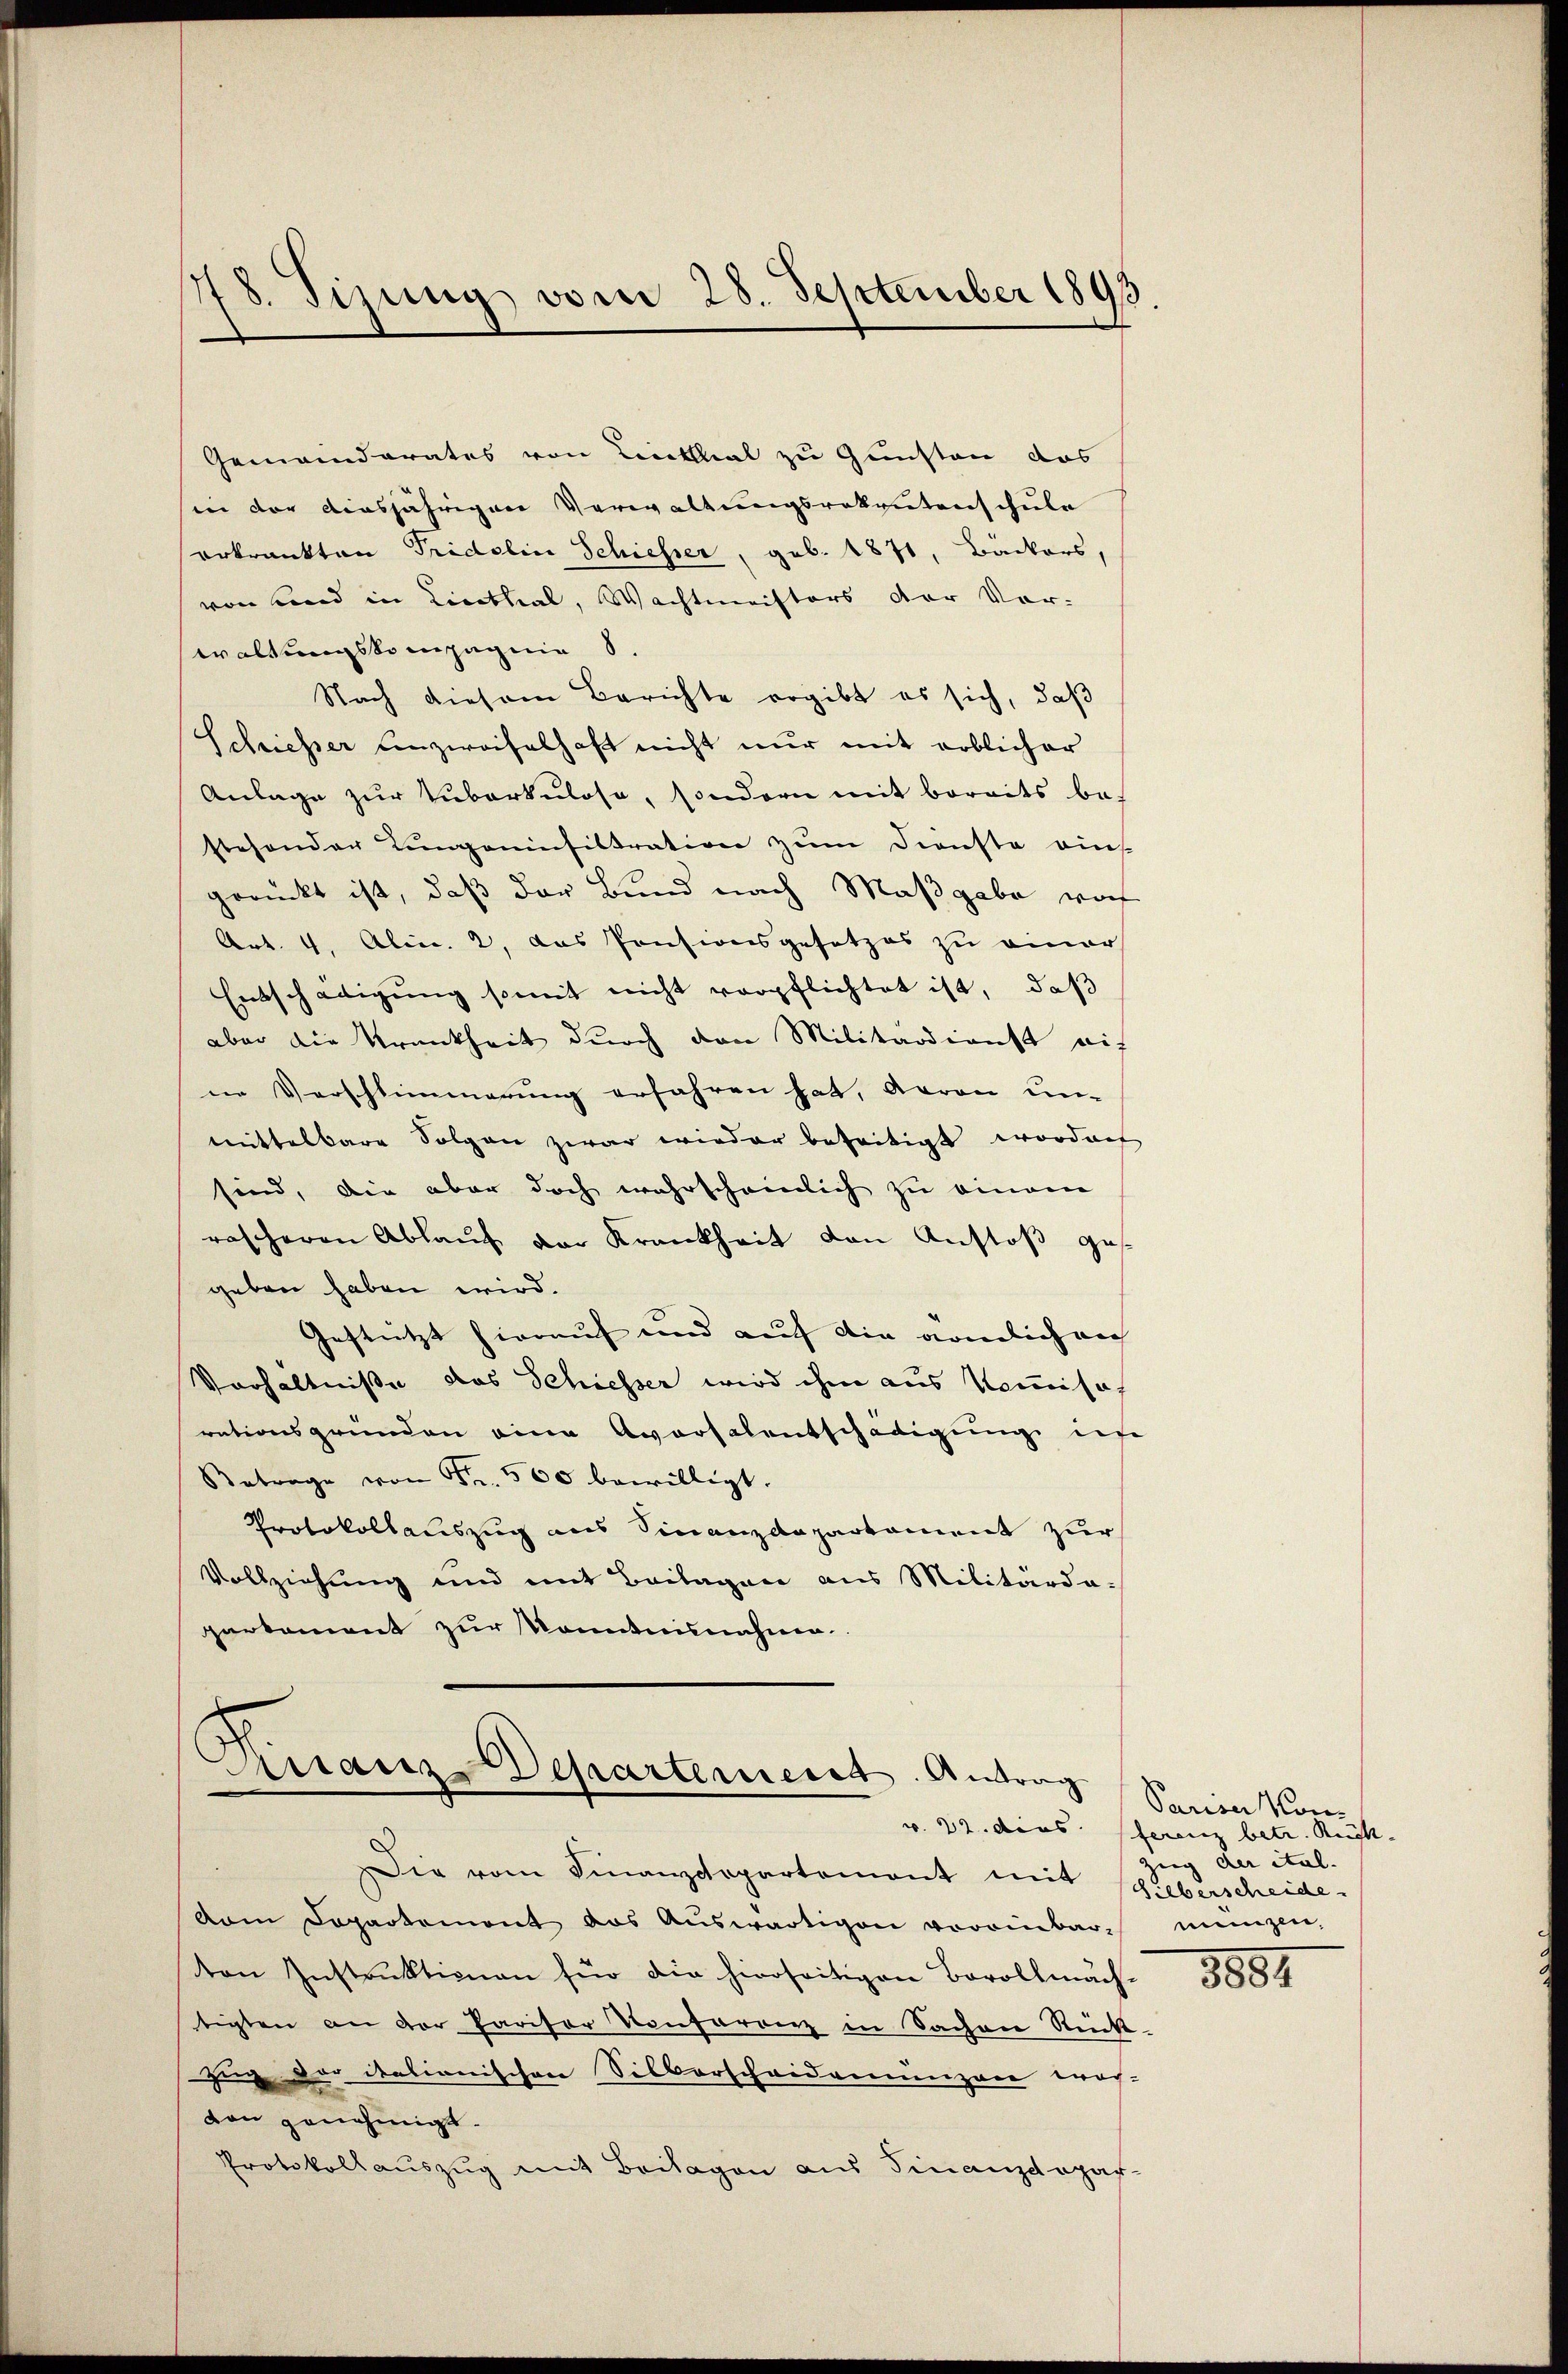
d
dsizung vom 28. September 1893.

Gemeinderates von Linthal zu Gunsten das
sin der diesjährigen Verwaltungsratentenschule
erkrankten Tridelin Schiesser, geb. 1871, Bäckers,
von und in Linthal, Wachtmeisters der Vor-
waltungskompagnie 8.
Nach diesem Berichte ergibt es sich, daß
Schiesser unzweifelhaft nicht nur mit erblicher
Anlage zur Huberkulose, sondern mit bereits be-
stesonder Lungeninfiltration zum Dienste eins
gerückt ist, daß der Bund nach Maßgabe vorh
Art. 4. Alin. 2, das Pensionsgesetzes zu einer
Entschädigung somit nicht verpflichtet ist, daß
aber die Krankheit durch den Militärdienst auf
in Vorschlimmerung erfahren hat, Baron un-
mittelbare Folgen zwar wieder bezeitigt wordnet
sind, die aber doch wahrscheinlich zu einem
rascheren Ablaŭf der Krankheit von Anstoß gegeben haben wird.
Gestützt hierauf und auf die nämlich an
Verhältniße das Schiesser wird ihm aus Kommisarationsgründen eine Aversalentschädigung infe
Betrage von Fr. 500 bewilligt.
Protokollauszug aus Finanzdepartament zur
Vollziehung und mit Beilagen aus Militardagerkoment zur kanntnisnahmen.

Arranz-Departement. Antrag

Die vom Finanzdepartemont mit sieberscheide
vom Departement das Auswärtigen voreinbarton Instruktionen für die hierseitigen Bevollmächtigten an der Parisor Konferenz in Sachen Rück-
gung der italionischen Silberscheidemungen wor-
don genehmigt.
Protokollauszug mit Beilagen aus Finanzdepar-

Pariser Kon
v. 22. dies ferenz betr. Rück
zug der ital.
mengen.

3882